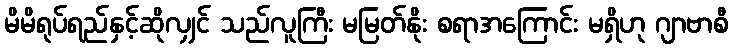
မိမိရုပ်ရည်နှင့်ဆိုလျှင် သည်လူကြီး မမြတ်နိုး စရာအကြောင်း မရှိဟု ဂျာဗာစီ